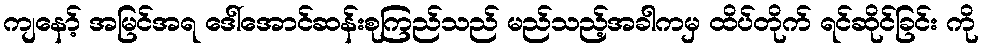
ကျနော့် အမြင်အရ ဒေါ်အောင်ဆန်းစုကြည်သည် မည်သည့်အခါကမှ ထိပ်တိုက် ရင်ဆိုင်ခြင်း ကို